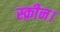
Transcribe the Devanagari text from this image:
स्क्रीन।